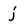
Character: j